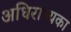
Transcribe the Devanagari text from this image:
अधिराज्यका